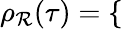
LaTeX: \rho_{\mathcal{R}}(\tau)=\left\{ \begin{array}{rlrl}\end{array}\right.